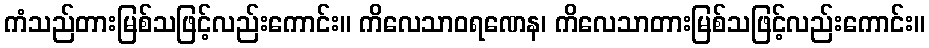
ကံသည်တားမြစ်သဖြင့်လည်းကောင်း။ ကိလေသာဝရဏေန၊ ကိလေသာတားမြစ်သဖြင့်လည်းကောင်း။